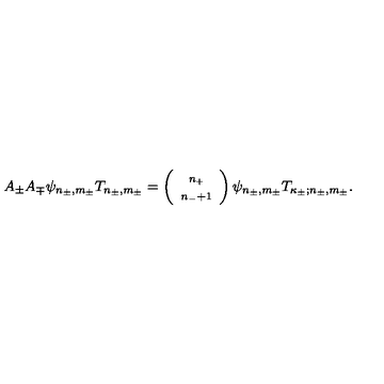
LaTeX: A _ { \pm } A _ { \mp } \psi _ { n _ { \pm } , m _ { \pm } } T _ { n _ { \pm } , m _ { \pm } } = \left( \begin{array} { c } { \scriptstyle n _ { + } } \\ { \scriptstyle { n _ { - } + 1 } } \\ \end{array} \right) \psi _ { n _ { \pm } , m _ { \pm } } T _ { \kappa _ { \pm } ; n _ { \pm } , m _ { \pm } } .